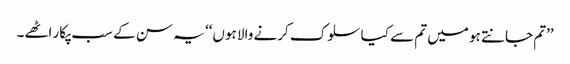
’’تم جانتے ہو میں تم سے کیا سلوک کرنے والا ہوں‘‘ یہ سن کے سب پکار اٹھے۔